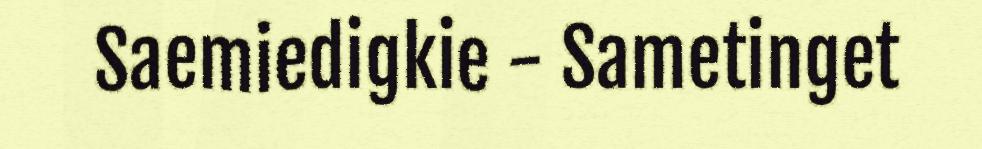
Saemiedigkie - Sametinget